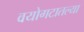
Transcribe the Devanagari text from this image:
वयोगटातल्या